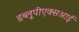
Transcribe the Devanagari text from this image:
डब्लूपीएक्सआई